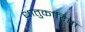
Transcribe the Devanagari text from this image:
धातुकारिता